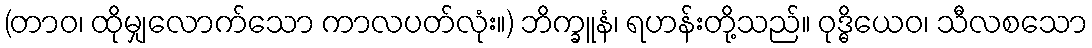
(တာဝ၊ ထိုမျှလောက်သော ကာလပတ်လုံး။) ဘိက္ခူနံ၊ ရဟန်းတို့သည်။ ဝုဒ္ဓိယေဝ၊ သီလစသော